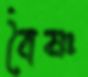
বৈষ্ণ